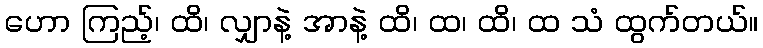
ဟော ကြည့်၊ ထိ၊ လျှာနဲ့ အာနဲ့ ထိ၊ ထ၊ ထိ၊ ထ သံ ထွက်တယ်။